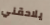
يلاحقني